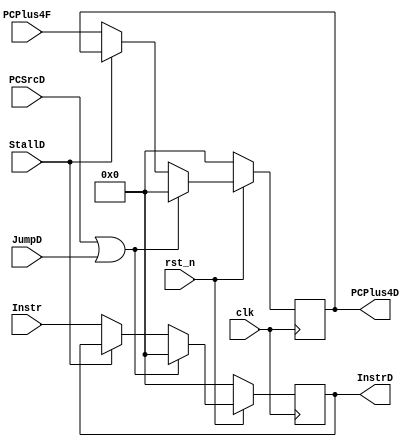
/*

	File name    : IF_ID_Register
	LastEditors  : H
	LastEditTime : 2021-11-03 21:02:04
	Last Version : 1.0
	Description  : Pipeline Stage Register : IF/ID
	
	----------------------------------------------------------------------------------------
	
	Author       : H
	Date         : 2021-11-03 21:02:03
	FilePath     : \MIPS_Pipeline\IF_ID_Register.v
	Copyright 2021 H, All Rights Reserved. 

*/
module IF_ID_Register(
    // System Clock
    input        clk,
    input        rst_n,

    input               StallD,
    input               PCSrcD,
    input               JumpD,
    // User Interface
    input       [31:0]  PCPlus4F,
    input       [31:0]  Instr,

    output  reg [31:0]  PCPlus4D,
    output  reg [31:0]  InstrD
);
/*******************************************************************************
 *                                 Main Code
*******************************************************************************/

    always @(posedge clk ) begin
        if (~rst_n) begin
            PCPlus4D <= 32'b0;
            InstrD <= 32'b0;
        end
        else if (PCSrcD || JumpD) begin
            InstrD <= 32'b0;
            PCPlus4D <= 32'b0;
        end
        else if (StallD) begin
            PCPlus4D <= PCPlus4D;
            InstrD   <= InstrD;
        end
        else begin
            // total 64bits
            PCPlus4D <= PCPlus4F;
            InstrD   <= Instr;
        end
    end

endmodule